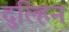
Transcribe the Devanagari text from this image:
दुल्हिन